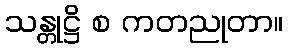
သန္တုဋ္ဌိ စ ကတညုတာ။